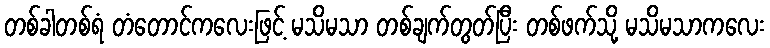
တစ်ခါတစ်ရံ တံတောင်ကလေးဖြင့် မသိမသာ တစ်ချက်တွတ်ပြီး တစ်ဖက်သို့ မသိမသာကလေး